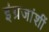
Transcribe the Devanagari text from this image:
इंग्रजांशीं